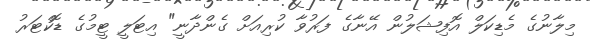
މިލާނުގެ މެޑިކަލް އޮފިޝަލުން އޭނާގެ ފަރުވާ ކުރިއަށް ގެންދާނީ" އިޓަލީ ޓީމުގެ ޑޮކްޓަރު